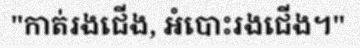
"កាត់រងជើង, អំបោះរងជើង។"